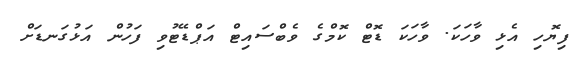
ފިޔޮހި އެޅި ވާހަކަ. ވާހަކަ ޑޮޓް ކޮމްގެ ވެބްސައިޓް އަޕްޑޭޓުވި ފަހުން އަޅުގަނޑަށް